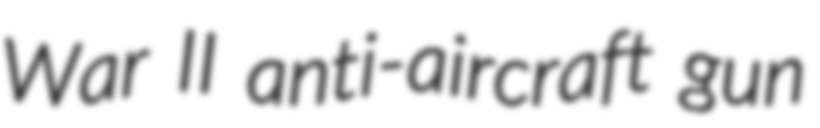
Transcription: War II anti-aircraft gun